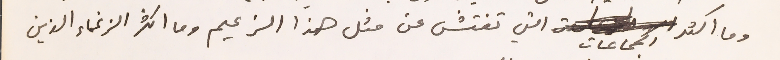
وما اكثر الجماعات التي تفتش عن مثل هذا الزعيم وما اكثر الزعماء الذين